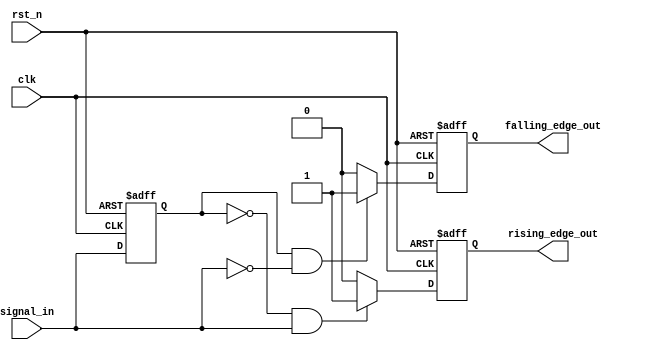
module schmitt_trigger_edge_detector (
    input wire clk,
    input wire rst_n,             // Active low reset
    input wire signal_in,         // Input signal to detect edges
    output reg rising_edge_out,   // Rising edge output
    output reg falling_edge_out    // Falling edge output
);

    // Parameters for hysteresis thresholds
    parameter UPPER_THRESHOLD = 1'b1;   // Upper threshold for high state
    parameter LOWER_THRESHOLD = 1'b0;   // Lower threshold for low state

    // Internal signal to hold the previous state
    reg prev_signal;

    // Edge detection logic
    always @(posedge clk or negedge rst_n) begin
        if (!rst_n) begin
            // Reset condition
            prev_signal <= LOWER_THRESHOLD; // Initialize to known state
            rising_edge_out <= 1'b0;
            falling_edge_out <= 1'b0;
        end else begin
            // Check for rising edge detection
            if (prev_signal == LOWER_THRESHOLD && signal_in == UPPER_THRESHOLD) begin
                rising_edge_out <= 1'b1; // Rising edge detected
            end else begin
                rising_edge_out <= 1'b0; // No rising edge
            end

            // Check for falling edge detection
            if (prev_signal == UPPER_THRESHOLD && signal_in == LOWER_THRESHOLD) begin
                falling_edge_out <= 1'b1; // Falling edge detected
            end else begin
                falling_edge_out <= 1'b0; // No falling edge
            end

            // Update previous state
            prev_signal <= signal_in; // Store current signal for next comparison
        end
    end

endmodule